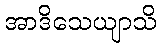
အာဒိသေယျာသိ